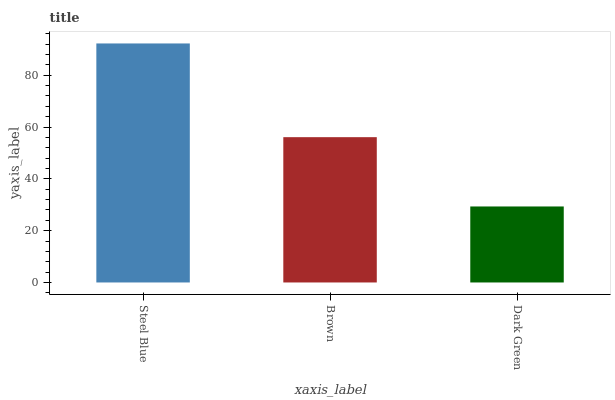
| xaxis_label | bars |
 | --- | --- |
 | Steel Blue | 92.3 |
 | Brown | 56.1 |
 | Dark Green | 29.3 |